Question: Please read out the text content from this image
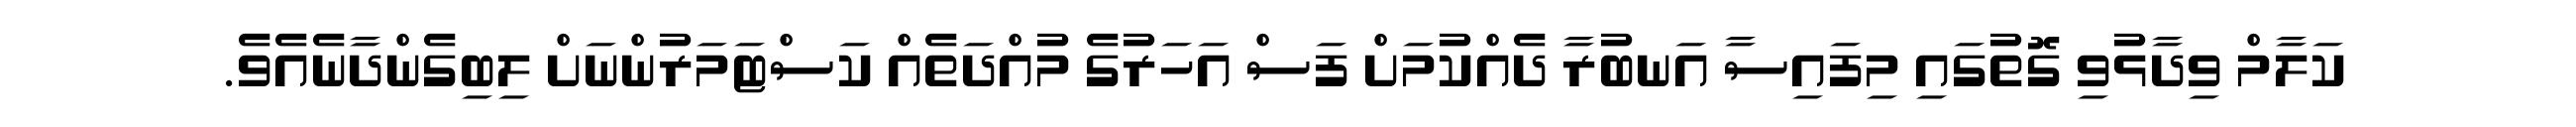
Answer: ކަލާމް ވިދާޅުވި ގޮތުގައި މިފައިސާ އަނބުރާ ދެއްކުމަށް ފަސް އަހަރުގެ މުއްދަތެއް ކަސްޓަމަރުންނަށް ލިބިގެންދާނެއެވެ.